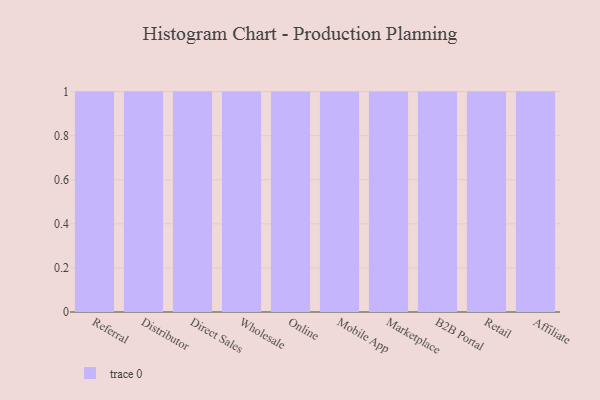
{"axis": {"x": "Channel", "y": "Tickets Resolved"}, "legend": [""], "data": [{"x": "Referral", "y": 25, "type": ""}, {"x": "Distributor", "y": 39, "type": ""}, {"x": "Direct Sales", "y": 70, "type": ""}, {"x": "Wholesale", "y": 70, "type": ""}, {"x": "Online", "y": 93, "type": ""}, {"x": "Mobile App", "y": 36, "type": ""}, {"x": "Marketplace", "y": 75, "type": ""}, {"x": "B2B Portal", "y": 32, "type": ""}, {"x": "Retail", "y": 50, "type": ""}, {"x": "Affiliate", "y": 53, "type": ""}]}